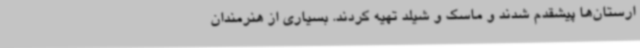
ارستان‌ها پیشقدم شدند و ماسک و شیلد تهیه کردند. بسیاری از هنرمندان